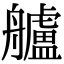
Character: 艫